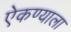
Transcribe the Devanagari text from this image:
ऐकण्याला